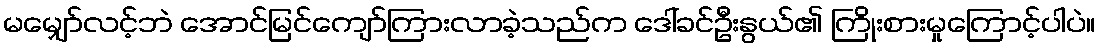
မမျှော်လင့်ဘဲ အောင်မြင်ကျော်ကြားလာခဲ့သည်က ဒေါ်ခင်ဦးနွယ်၏ ကြိုးစားမှုကြောင့်ပါပဲ။